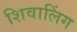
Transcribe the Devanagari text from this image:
शिवालिंग